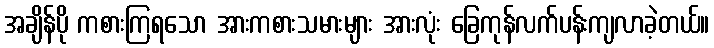
အချိန်ပို ကစားကြရသော အားကစားသမားများ အားလုံး ခြေကုန်လက်ပန်းကျလာခဲ့တယ်။